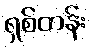
ရှစ်တန်း